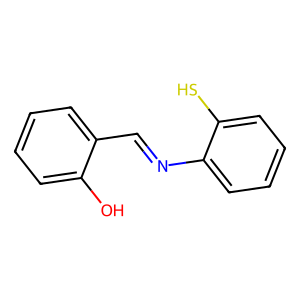
SMILES: Oc1ccccc1C=Nc1ccccc1S
Inhibits HIV replication: No